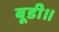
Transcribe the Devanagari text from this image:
बूडी॥